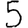
Digit: 5